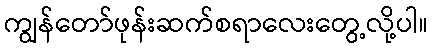
ကျွန်တော်ဖုန်းဆက်စရာလေးတွေ့လို့ပါ။